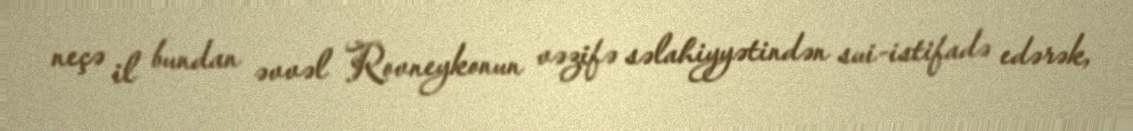
neçə il bundan əvvəl Rovneykonun vəzifə səlahiyyətindən sui-istifadə edərək,